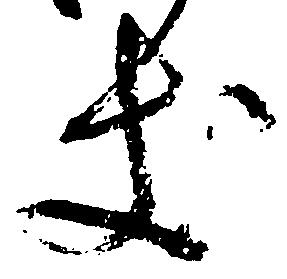
き